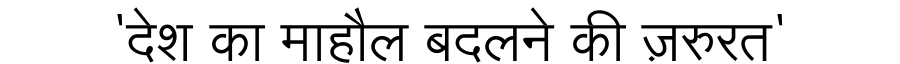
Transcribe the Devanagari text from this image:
'देश का माहौल बदलने की ज़रुरत'